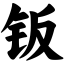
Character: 钣